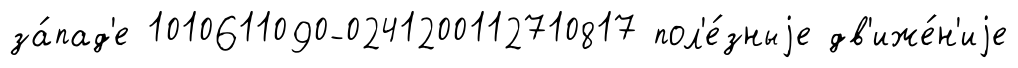
за́пад'е 1010611090-0241200112710817 пол'е́зныjе дв'иже́н'иjе